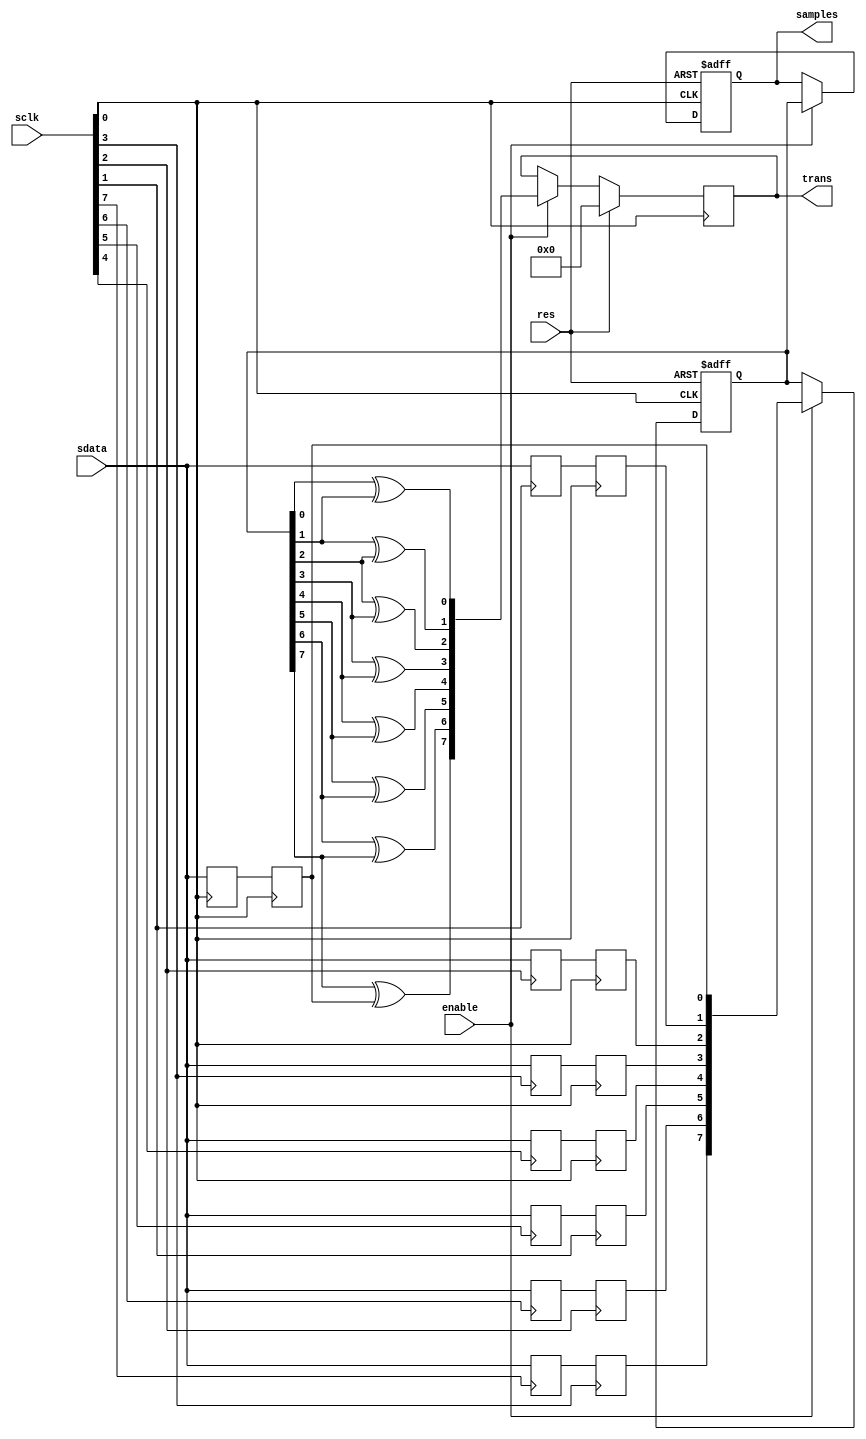
module oversampling_1
(
	input [7:0]sclk,
	input res,
	input enable,
	input sdata,
	output [7:0]samples,
	output reg [7:0]trans
);
	reg [7:0]s1; 
	always @(posedge sclk[0]) s1[0] <= sdata;
	always @(posedge sclk[1]) s1[1] <= sdata;
	always @(posedge sclk[2]) s1[2] <= sdata;
	always @(posedge sclk[3]) s1[3] <= sdata;
	always @(posedge sclk[4]) s1[4] <= sdata;
	always @(posedge sclk[5]) s1[5] <= sdata;
	always @(posedge sclk[6]) s1[6] <= sdata;
	always @(posedge sclk[7]) s1[7] <= sdata;
	reg [7:0]s2; 
	always @(posedge sclk[0]) s2[0] <= s1[0];
	always @(posedge sclk[0]) s2[1] <= s1[1];
	always @(posedge sclk[0]) s2[2] <= s1[2];
	always @(posedge sclk[0]) s2[3] <= s1[3];
	always @(posedge sclk[0]) s2[4] <= s1[4];
	always @(posedge sclk[1]) s2[5] <= s1[5];
	always @(posedge sclk[2]) s2[6] <= s1[6];
	always @(posedge sclk[3]) s2[7] <= s1[7];
	reg [7:0]s3;
	reg [7:0]s4;
	always @(posedge sclk[0] or posedge res)
	begin
		if (res)
		begin
			s3 <= 0;
			s4 <= 0;
		end
		else if (enable)
		begin
			s3 <= s2;
			s4 <= s3;
		end
	end
	assign samples = s4;
	wire [7:0]t;
	assign t[0] = s3[0] ^ s3[1];
	assign t[1] = s3[1] ^ s3[2];
	assign t[2] = s3[2] ^ s3[3];
	assign t[3] = s3[3] ^ s3[4];
	assign t[4] = s3[4] ^ s3[5];
	assign t[5] = s3[5] ^ s3[6];
	assign t[6] = s3[6] ^ s3[7];
	assign t[7] = s3[7] ^ s2[0];
	always @(posedge sclk[0]) if (res) trans <= 0; else if (enable) trans <= t;
endmodule